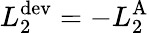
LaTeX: L_{2}^{\textrm{dev}}=-L_{2}^{\textrm{A}}